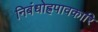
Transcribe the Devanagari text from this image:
निबंधोह्रपावकारि